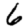
Digit: 6